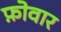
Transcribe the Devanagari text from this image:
फ़ोवार